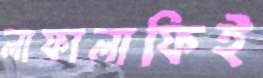
লাফালাফিই